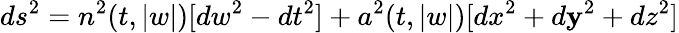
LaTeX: ds^{2}=n^{2}(t,|w|)[dw^{2}-dt^{2}]+a^{2}(t,|w|)[dx^{2}+d\mathbf{y}^{2}+dz^{2}]